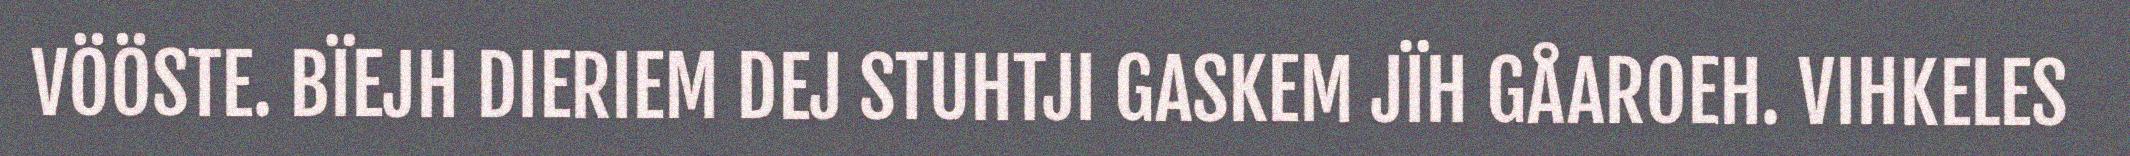
VÖÖSTE. BÏEJH DIERIEM DEJ STUHTJI GASKEM JÏH GÅAROEH. VIHKELES